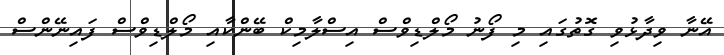
އޭނާ ވިދާޅުވި ގޮތުގައި މި ފޯނު މޯލްޑިވްސް އިސްލާމިކް ބޭންކާއި މޯލްޑިވްސް ފައިނޭންސް